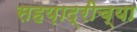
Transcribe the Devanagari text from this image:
सहय़ाद्रीच्या